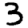
Digit: 3